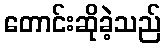
တောင်းဆိုခဲ့သည်